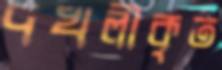
দখলীকৃত